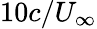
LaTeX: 10c/U_{\infty}